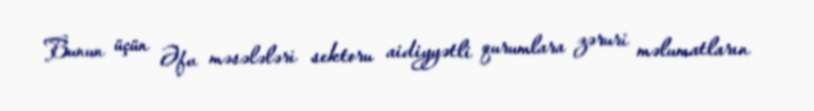
Bunun üçün Əfv məsələləri sektoru aidiyyətli qurumlara zəruri məlumatların